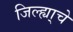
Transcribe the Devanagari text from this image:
जिल्ह्या्चे